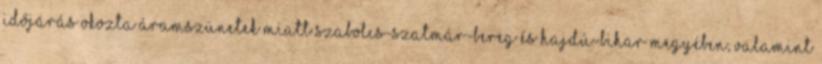
időjárás okozta áramszünetek miatt Szabolcs-Szatmár-Bereg és Hajdú-Bihar megyében, valamint